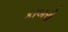
કાબરો